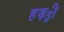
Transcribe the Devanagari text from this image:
हड़ॾी